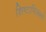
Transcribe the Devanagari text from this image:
शिष्टाभिलक्ष्यो